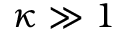
\kappa \gg 1